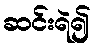
ဆင်းရဲ၍